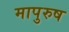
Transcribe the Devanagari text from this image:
मापुरुष